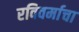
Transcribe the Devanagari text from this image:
रविवर्माचा